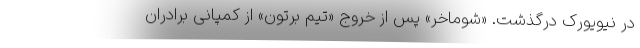
در نیویورک درگذشت. «شوماخر» پس از خروج «تیم برتون» از کمپانی برادران